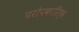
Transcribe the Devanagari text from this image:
परोपकारित्व